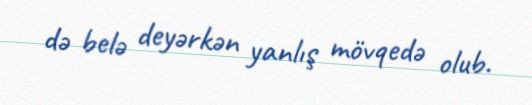
də belə deyərkən yanlış mövqedə olub.